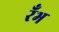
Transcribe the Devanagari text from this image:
रँभ